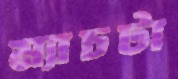
ম্যাচটা